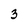
Character: 3